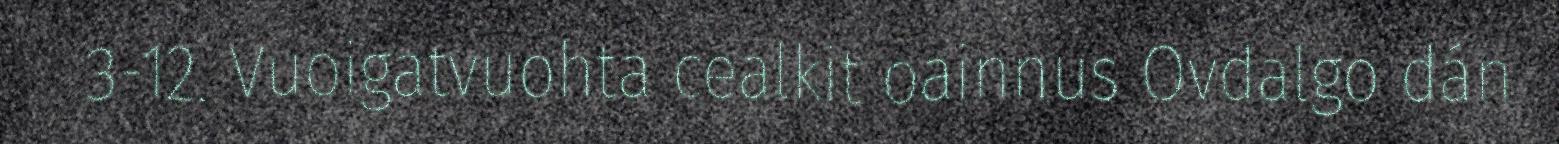
3-12. Vuoigatvuohta cealkit oainnus Ovdalgo dán